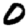
Digit: 0